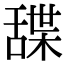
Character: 䑜